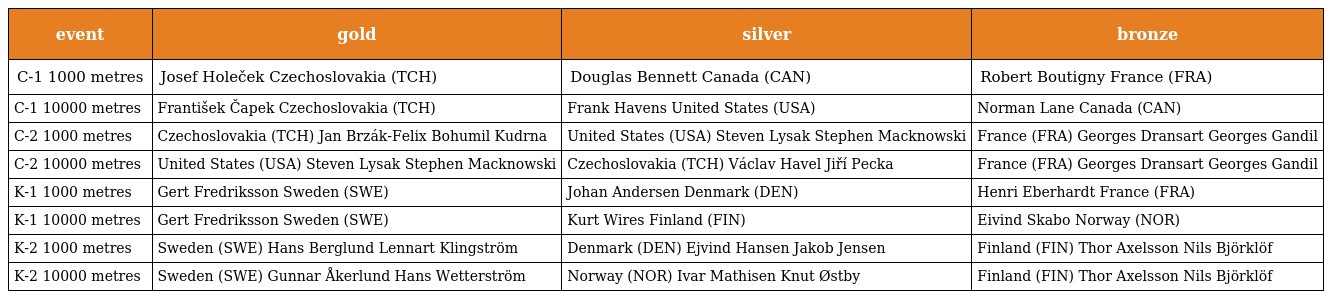
| event | gold | silver | bronze |
 | --- | --- | --- | --- |
 | C-1 1000 metres | Josef Holeček Czechoslovakia (TCH) | Douglas Bennett Canada (CAN) | Robert Boutigny France (FRA) |
 | C-1 10000 metres | František Čapek Czechoslovakia (TCH) | Frank Havens United States (USA) | Norman Lane Canada (CAN) |
 | C-2 1000 metres | Czechoslovakia (TCH) Jan Brzák-Felix Bohumil Kudrna | United States (USA) Steven Lysak Stephen Macknowski | France (FRA) Georges Dransart Georges Gandil |
 | C-2 10000 metres | United States (USA) Steven Lysak Stephen Macknowski | Czechoslovakia (TCH) Václav Havel Jiří Pecka | France (FRA) Georges Dransart Georges Gandil |
 | K-1 1000 metres | Gert Fredriksson Sweden (SWE) | Johan Andersen Denmark (DEN) | Henri Eberhardt France (FRA) |
 | K-1 10000 metres | Gert Fredriksson Sweden (SWE) | Kurt Wires Finland (FIN) | Eivind Skabo Norway (NOR) |
 | K-2 1000 metres | Sweden (SWE) Hans Berglund Lennart Klingström | Denmark (DEN) Ejvind Hansen Jakob Jensen | Finland (FIN) Thor Axelsson Nils Björklöf |
 | K-2 10000 metres | Sweden (SWE) Gunnar Åkerlund Hans Wetterström | Norway (NOR) Ivar Mathisen Knut Østby | Finland (FIN) Thor Axelsson Nils Björklöf |